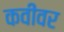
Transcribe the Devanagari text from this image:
कवींवर